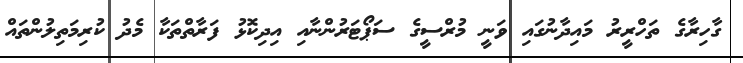
ގާހިރާގެ ތަހްރީރު މައިދާނުގައި ވަނީ މުރްސީގެ ސަޕޯޓަރުންނާއި އިދިކޮޅު ފަރާތްތަކާ މެދު ކުރިމަތިލުންތައް